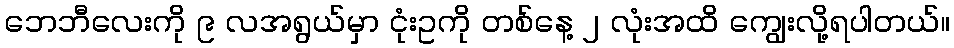
ဘေဘီလေးကို ၉ လအရွယ်မှာ ငုံးဥကို တစ်နေ့ ၂ လုံးအထိ ကျွေးလို့ရပါတယ်။